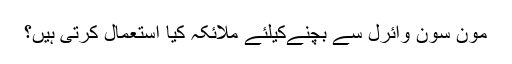
مون سون وائرل سے بچنےکیلئے ملائکہ کیا استعمال کرتی ہیں؟